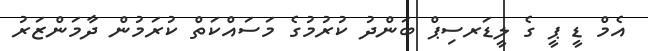
އެމް ޑީ ޕީ ގެ ލީޑަރސިޕް ބަންދު ކުރުމުގެ މަސައްކަތް ކުރަމުން ދާމަންޒަރު